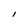
Character: l